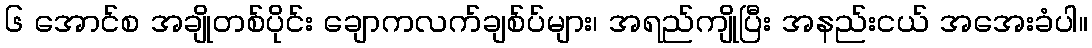
၆ အောင်စ အချိုတစ်ပိုင်း ချောကလက်ချစ်ပ်များ၊ အရည်ကျိုပြီး အနည်းငယ် အအေးခံပါ။